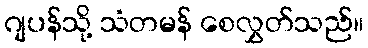
ဂျပန်သို့ သံတမန် စေလွှတ်သည်။